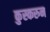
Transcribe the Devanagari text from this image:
कुस्करुन